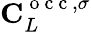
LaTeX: \mathbf{C}_{L}^{\mathrm{~o~c~c~},\sigma}